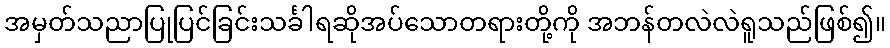
အမှတ်သညာပြုပြင်ခြင်းသင်္ခါရဆိုအပ်သောတရားတို့ကို အဘန်တလဲလဲရူသည်ဖြစ်၍။